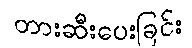
တားဆီးပေးခြင်း